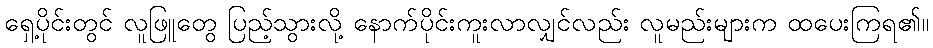
ရှေ့ပိုင်းတွင် လူဖြူတွေ ပြည့်သွားလို့ နောက်ပိုင်းကူးလာလျှင်လည်း လူမည်းများက ထပေးကြရ၏။